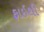
ફાઇથી